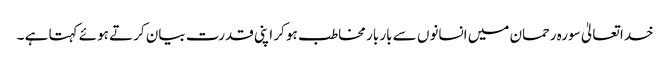
خدا تعالیٰ سورہ رحمان میں انسانوں سے بار بار مخاطب ہو کر اپنی قدرت بیان کرتے ہوئے کہتا ہے ۔